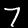
Digit: 7